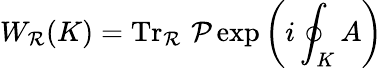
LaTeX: W_{\mathcal{R}}(K)=\operatorname{Tr}_{\mathcal{R}}\, {\mathcal{{P}}}\exp\left(i\oint_{K}A\right)